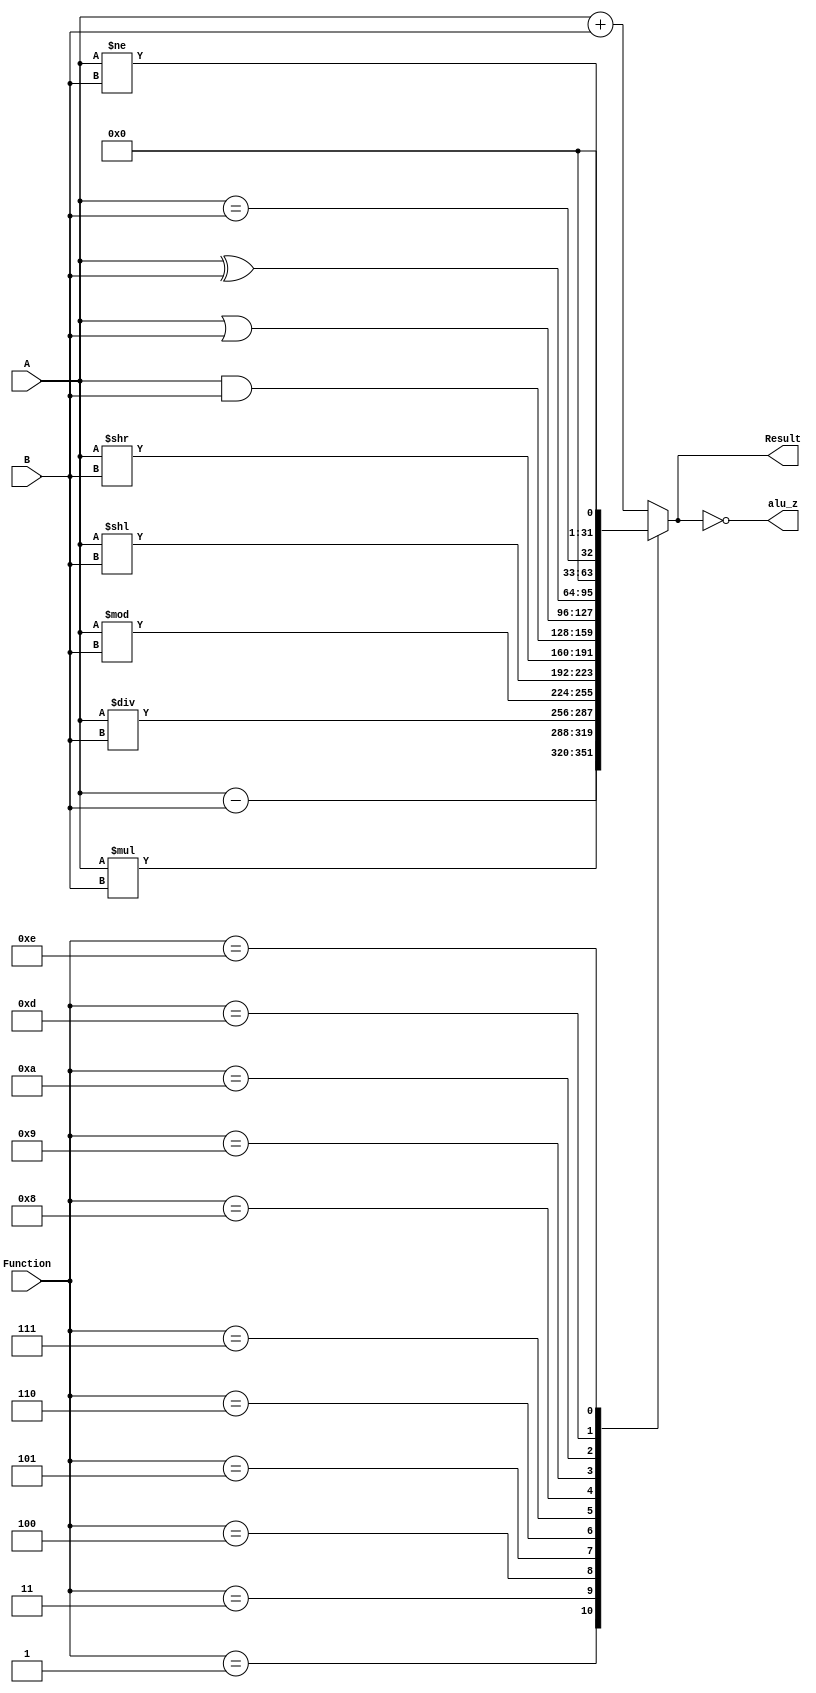
`timescale 1ns / 1ps
module ALU(output reg [31:0] Result,output reg alu_z,input [31:0] A,input [31:0] B,input [3:0] Function);
	always @ (Function,A,B) begin
        case (Function)
            4'd00: Result = A+B; //Add
            4'd01: Result = A-B; //Subtract
            4'd02: Result = A+B; //Add Immediate
            4'd03: Result = A*B; //Multiply
            4'd04: Result = A/B; //Divide
            4'd05: Result = A%B;//Remainder
            4'd06: Result = A<<B; //shift left
            4'd07: Result = A>>B; //shift right
            4'd08: Result = A&B; //and
            4'd09: Result = A|B; //or
            4'd10: Result = A^B; //xor
            4'd11: Result = A+B; //load word adding offset
            4'd12: Result = A+B; //store word adding offset
            4'd13: Result = A==B; //branch equal
            4'd14: Result = A!=B; //branch enequal
            default: Result = A+B;
        endcase
    alu_z = Result==0;
    end
	
endmodule